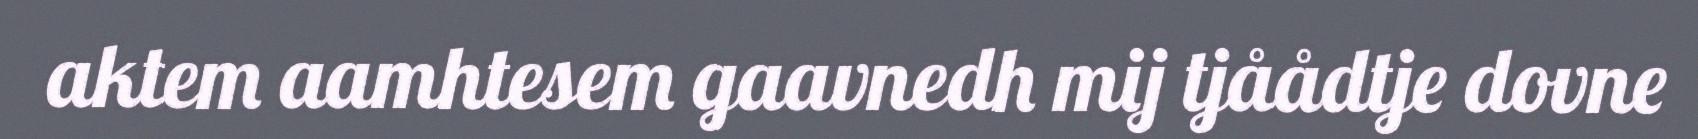
aktem aamhtesem gaavnedh mij tjåådtje dovne